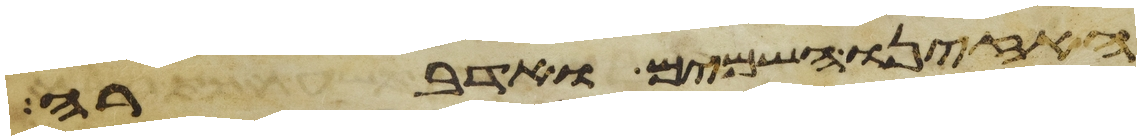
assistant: האזינו השמים ואדברה